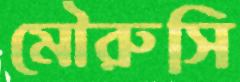
মৌরুসি